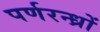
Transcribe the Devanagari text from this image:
पर्णरन्ध्रों